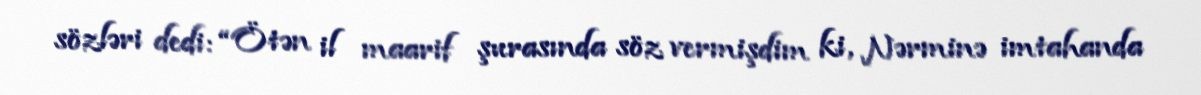
sözləri dedi: “Ötən il maarif şurasında söz vermişdim ki, Nərminə imtahanda